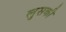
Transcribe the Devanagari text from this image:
लुसकी